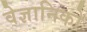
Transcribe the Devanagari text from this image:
वेज्ञानिको